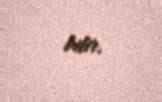
bilir.